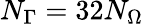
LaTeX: N_{\Gamma}=32N_{\Omega}